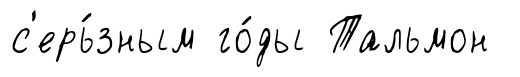
с'ерь́зным го́ды Тальмон